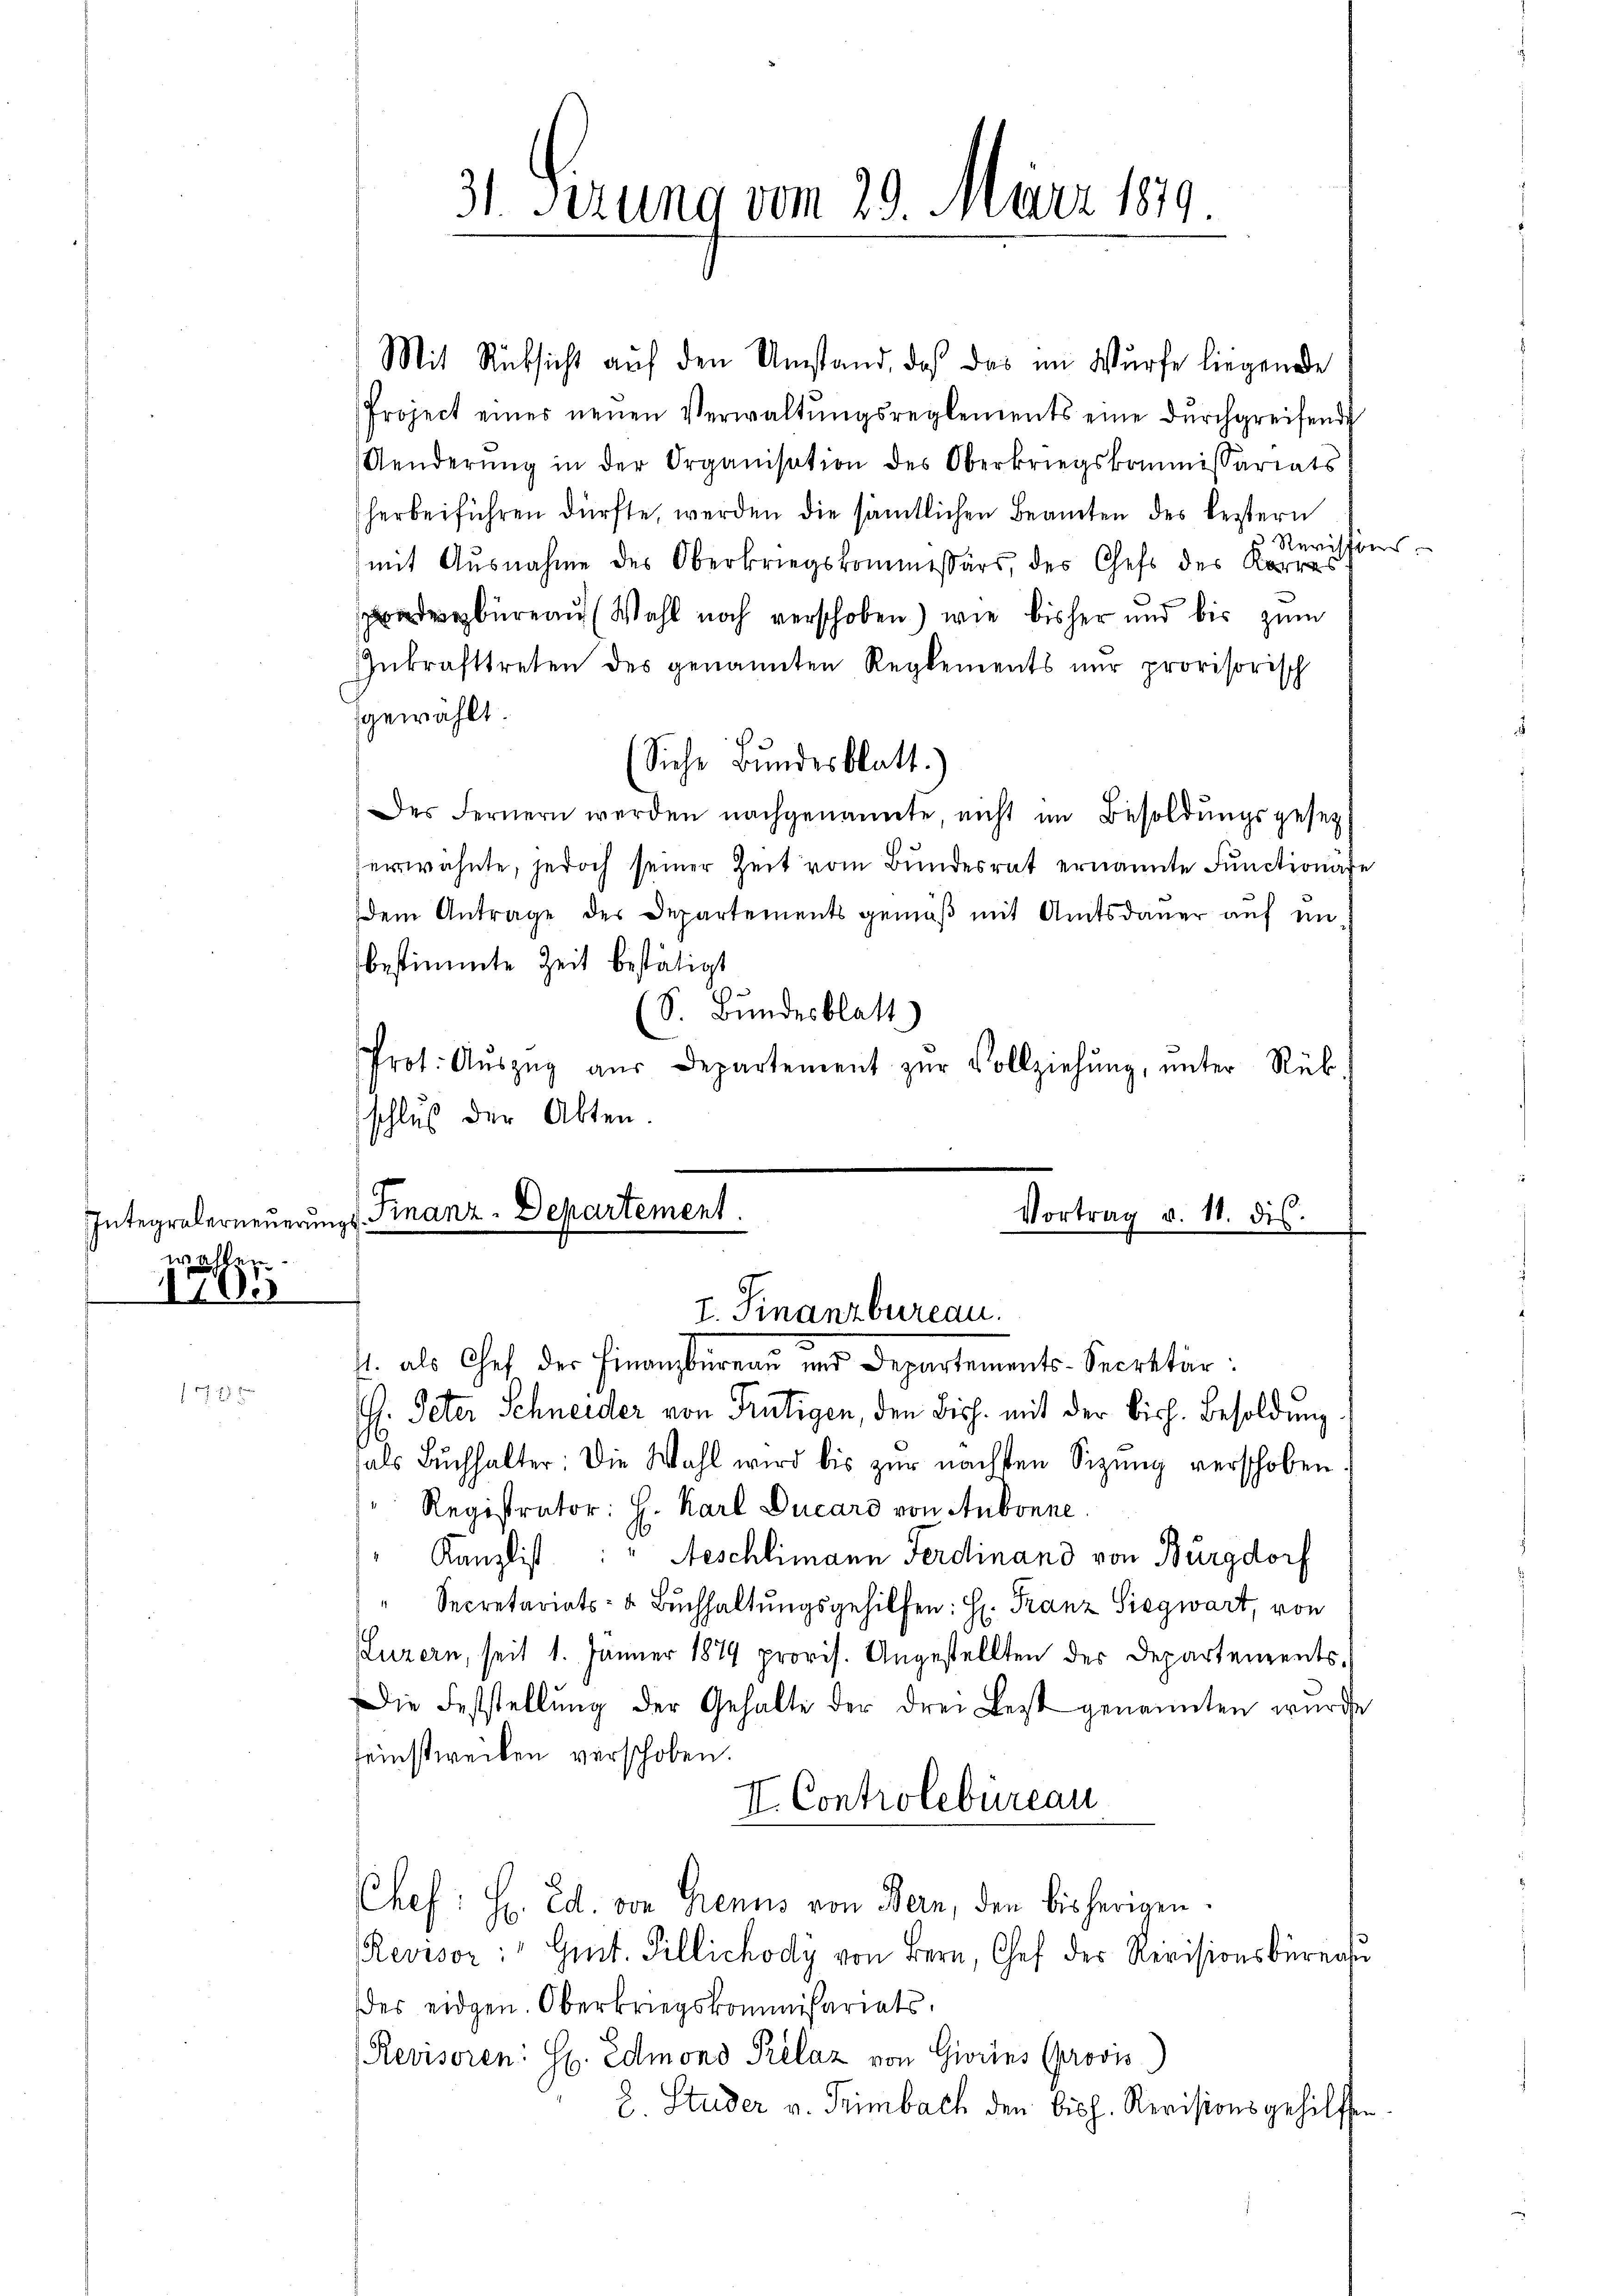
wahlen.

1100

31. Sizung vom 29. März 189

Mit Rüksicht auf den Umstand, daß das im Würfe liegende
Project eines neŭen Verwaltŭngsreglements eine dŭrchgreifende
Aenderŭng in der Organisation des Oberkriegskommissariats
herbeiführen dürfte, werden die sämtlichen Beamten des bestern
 Rerischens
mit Ausnahme des Oberkriegskommissärs, des Chefs des Korres
gbüreau (Wahl noch verschoben) wie bisher und bis zum
Inkrafttreten des genannten Reglements nur provisorisch
gewählt.
Siche Bundesblatt.
Des fernern werden nachgenannte nicht im Besoldŭngsgesetz
erwähnte, jedoch seiner Zeit vom Bundesrat ernannte Functionäre
dem Antrage des Departements gemäβ mit Amtsdauer auf in
bestimmte Zeit bestätigt
S. Bundesblatt)
Prot. Aŭszŭg aŭs Departement zŭr Vollziehŭng ŭnter Rüb
schluß der Akten.

Integraberneŭerŭngs-Finanz-Departement

Vortrag v. 18. ds.
I. Finanzbureau.

t. als Chef der Finanzbüreau und Departements-Secretär:
. Peter Schneider von Rütigen, den Bisch. mit der bish. Besoldung
als Bŭchhalter: Die Wahl wird bis zŭr nächsten Sizung verschoben
Registrator: H. Karl Ducaro von Aubonne
Kanzlist : " Aeschlimann Ferdinand von Burgdorf
Secretariats- & Buchhaltungsgehilfen: H: Franz Siegwart, von
Luzern, seit 1. Jänner 1879 provis. Angestellten der Departements¬
Die Feststellung der Gehalte der drei Best genannten wurde
einstweilen verschoben.
II. Controlebureau
Chef: H. Ed. von Genus von Bern, den bisherigen.
Revisor:" Gut. Tillichody von Bern, Chef der Revisionsbürnah
des eidgen. Oberkriegskommißariats,
Revisoren. Sr. Edmond Prélaz von Giorins (provis)
8. Studer v. Trimbach den bish. Revisionsgehilffen